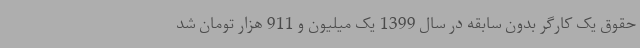
حقوق یک کارگر بدون سابقه در سال 1399 یک میلیون و 911 هزار تومان شد